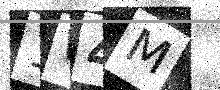
Text: 1W4M